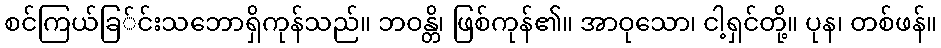
စင်ကြယ်ခြ်င်းသဘောရှိကုန်သည်။ ဘဝန္တိ၊ ဖြစ်ကုန်၏။ အာဝုသော၊ ငါ့ရှင်တို့။ ပုန၊ တစ်ဖန်။